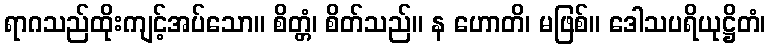
ရာဂသည်ထိုးကျင့်အပ်သော။ စိတ္တံ၊ စိတ်သည်။ န ဟောတိ၊ မဖြစ်။ ဒေါသပရိယုဋ္ဌိတံ၊